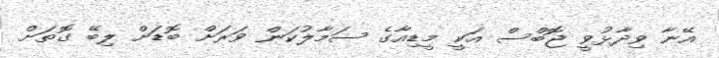
އޭނާ ވިދާޅުވީ ޖޮބްސް އަކީ މީޑިއާގެ ސަމާލުކަން ވަރަށް ބޮޑަށް ލިބޭ ގޮތަށް